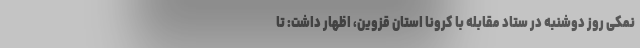
نمکی روز دوشنبه در ستاد مقابله با کرونا استان قزوین، اظهار داشت: تا